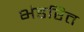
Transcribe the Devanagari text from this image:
भंडरित